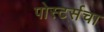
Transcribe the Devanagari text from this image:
पोस्टर्सचा